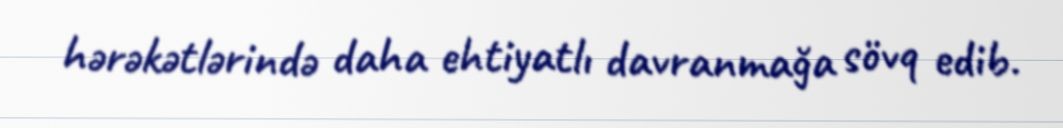
hərəkətlərində daha ehtiyatlı davranmağa sövq edib.